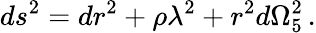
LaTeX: ds^{2}=dr^{2}+\rho\lambda^{2}+r^{2}d\Omega_{5}^{2}\, .